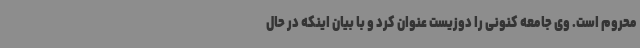
محروم است. وی جامعه کنونی را دوزیست عنوان کرد و با بیان اینکه در حال